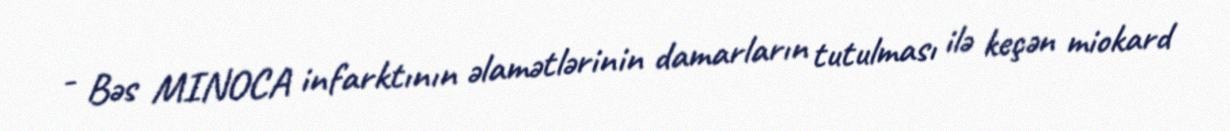
- Bəs MINOCA infarktının əlamətlərinin damarların tutulması ilə keçən miokard